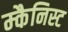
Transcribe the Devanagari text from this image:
म्कैनिस्ट